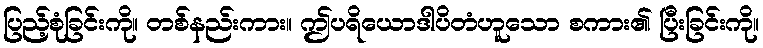
ပြည့်စုံခြင်းကို။ တစ်နည်းကား။ ဤပရိယောဒါပိတံဟူသော စကား၏ ပြီးခြင်းကို။